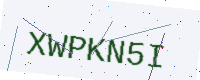
Text: XWPKN5I